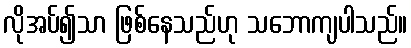
လိုအပ်၍သာ ဖြစ်နေသည်ဟု သဘောကျပါသည်။